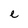
Character: e